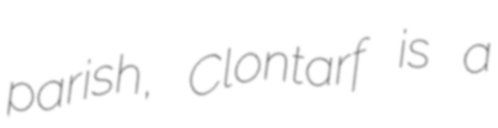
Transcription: parish, Clontarf is a